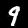
Label: 9